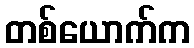
တစ်ယောက်က